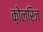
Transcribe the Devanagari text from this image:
क़ोलरिज